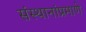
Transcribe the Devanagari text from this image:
संस्थानांप्रमाणे